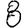
Digit: 8